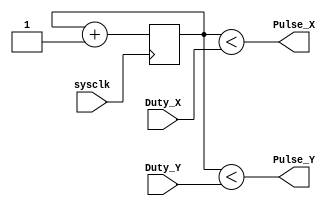
module PWM_XY(input wire sysclk,
input wire [5:0] Duty_X,
input wire [5:0] Duty_Y,
output wire Pulse_X,
output wire Pulse_Y);

reg [5:0] count = 0;

always @(posedge sysclk) begin
		count<=count+1'b1;
end

assign Pulse_X = count < Duty_X; //PWM Generation
assign Pulse_Y = count < Duty_Y;

endmodule